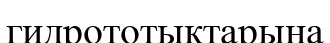
гидрототықтарына